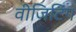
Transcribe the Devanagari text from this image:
वीजिटिंग